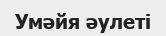
Умәйя әулеті